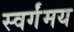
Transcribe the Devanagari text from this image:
स्वर्गंमय